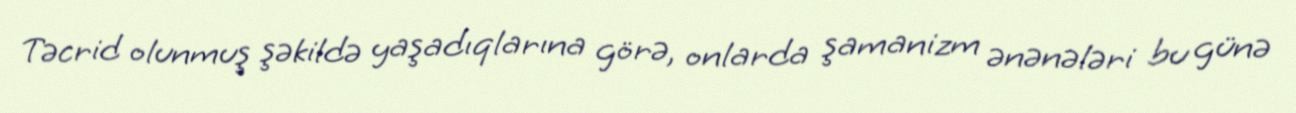
Təcrid olunmuş şəkildə yaşadıqlarına görə, onlarda şamanizm ənənələri bu günə